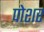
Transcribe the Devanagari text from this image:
पोशर